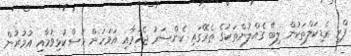
ފްރީ ރެޑިކަލްތަކުން ލިބޭ ގެއްލުންތަކުގެ ތެރޭގައި ކެންސަރު ޖެހުމާއި އަވަހަށް މުސްކުޅިވުމާއި އުމުރުން